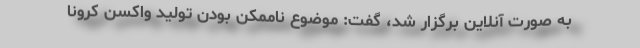
به صورت آنلاین برگزار شد، گفت: موضوع ناممکن بودن تولید واکسن کرونا